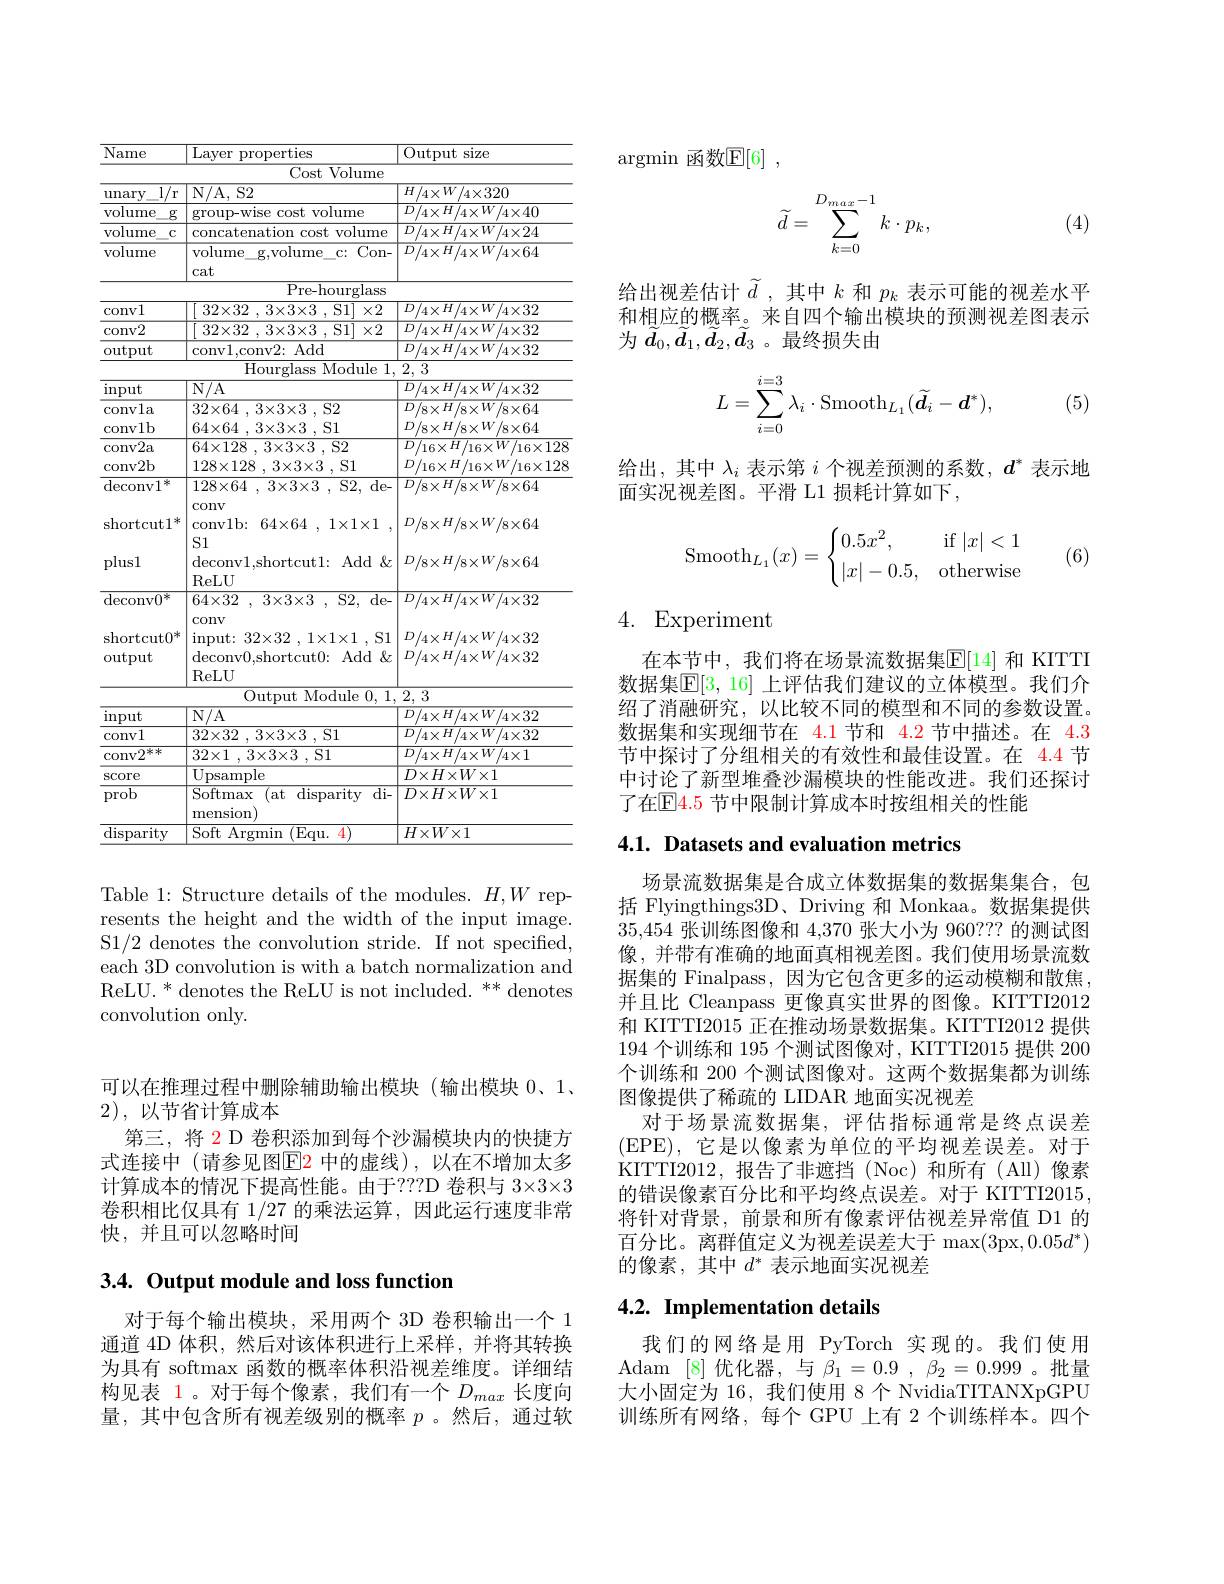
<table>
	<tbody>
		<tr>
			<th>Name</th>
			<th>Layer properties</th>
			<th>size Output</th>
		</tr>
		<tr>
			<td> </td>
			<td>Cost Volume</td>
			<td> </td>
		</tr>
		<tr>
			<td>$\overline{\mathrm{I/r}}$ $\operatorname{unary}$ - 1 - 1 </td>
			<td>N/ A, S2</td>
			<td>$\overline{H/4\times W/4\times320}$</td>
		</tr>
		<tr>
			<td>volume $g$</td>
			<td>group- wise cost volume</td>
			<td>$D/4\times H/4\times W/4\times40$</td>
		</tr>
		<tr>
			<td>volume $C$</td>
			<td>concatenation cost volume</td>
			<td>$D$ $/4\times H/4\times W/4\times24$</td>
		</tr>
		<tr>
			<td>volume</td>
			<td>volume$\_ \_$g, volume$\_$c: Con- cat</td>
			<td>$D/4\times H/4\times W/4\times64$</td>
		</tr>
		<tr>
			<td> </td>
			<td>Pre- hourglass</td>
			<td> </td>
		</tr>
		<tr>
			<td>conv1</td>
			<td>$32\times32$ , $3\times 3\times 3$ , S1] $\times2$</td>
			<td>$D/4\times H/4\times W/4\times32$</td>
		</tr>
		<tr>
			<td>$\operatorname{conv2}$</td>
			<td>$32\times32$ $3\times 3\times 3$ . S1 $\times2$</td>
			<td>$D/4\times H/4\times W/4\times32$</td>
		</tr>
		<tr>
			<td rowspan="2">output</td>
			<td>conv1. conv2: Add</td>
			<td>$D/4\times H/4\times W/4\times32$</td>
		</tr>
		<tr>
			<td>Hourglass Module 1</td>
			<td>2,3</td>
		</tr>
		<tr>
			<td>input</td>
			<td>$\overline{\mathrm{N/A}}$</td>
			<td>$LD$ $^{\prime}/4\times H/4\times W/4\times32$</td>
		</tr>
		<tr>
			<td>convla</td>
			<td>$32\times 64$ , $3\times 3\times 3$ , S2</td>
			<td>$D/8\times H/8\times W/8\times64$</td>
		</tr>
		<tr>
			<td>conv1b</td>
			<td>$64\times 64$ , $3\times 3\times 3$ , S1</td>
			<td>$D/8\times H/8\times W/8\times64$</td>
		</tr>
		<tr>
			<td>${\mathrm{LUIV}}{\mathbf{L}}{\mathbf{D}}$ ${\mathrm{deconv}}1^{*}$</td>
			<td>-40 11 $128\times 64$ , $3\times 3\times 3$ , S2, de- </td>
			<td>$D$ $^{\prime}/8\times H/8\times W/8\times64$</td>
		</tr>
		<tr>
			<td>plusl</td>
			<td>S1 deconv1, shortcut1: Add $\textbf{X}$</td>
			<td>$D/8\times H/8\times W/8\times64$</td>
		</tr>
		<tr>
			<td>$\operatorname{deconv}0^*$</td>
			<td>ReLU $2 , 3\times 3\times 3 , $S2, de- $64\times32$</td>
			<td>$D/4\times H/4\times W/4\times32$</td>
		</tr>
		<tr>
			<td>shortcut$0^{*}$ output</td>
			<td>conv input: 32$\times$32 , 1$\times$1$\times$1 , S1 deconv0, shortcut0: Add $X_{i}$ </td>
			<td>$D/4\times H/4\times W/4\times32$ $D/4\times H/4\times W/4\times32$</td>
		</tr>
		<tr>
			<td> </td>
			<td>$\operatorname{ReLU}$ Output Module 0. 1</td>
			<td>2, 3</td>
		</tr>
		<tr>
			<td>input</td>
			<td>$N/A$</td>
			<td>$D/4\times H/4\times W/4\times32$</td>
		</tr>
		<tr>
			<td>$\operatorname{conv}1$</td>
			<td>$32\times 32$ , $3\times 3\times 3$ , S1</td>
			<td>1 $\overline{/4\times H/4\times W/4\times32}$</td>
		</tr>
		<tr>
			<td>$conv2^{\prime\prime}$</td>
			<td>$32\times 1$ , $3\times 3\times 3$ , S1</td>
			<td>12 $\overline{/4\times H/4\times W/4\times1}$</td>
		</tr>
		<tr>
			<td>SCOre</td>
			<td>$\overline{{\mathrm{Upsample}}}$</td>
			<td>$D\times H\times W\times1$</td>
		</tr>
		<tr>
			<td>prob</td>
			<td>$\operatorname{Softmax}$ (at $\operatorname{disparity}$ $\overline{\mathrm{di-}}$ mension)</td>
			<td>$D\times H\times W\times1$</td>
		</tr>
		<tr>
			<td>$\operatorname{disparity}$</td>
			<td>Soft $\textbf{t}$Argmin (Equ. 4</td>
			<td>$H\times W\times1$</td>
		</tr>
	</tbody>
</table>

Table 1: Structure details of the modules. $H,W$ represents the height and the width of the input image. S1/2 denotes the convolution stride. If not specified, each 3D convolution is with a batch normalization and ReLU. * denotes the ReLU is not included. ** denotes convolution only.

可以在推理过程中删除辅助输出模块(输出模块 0、1、
2),以节省计算成本
第三，将 2 D 卷积添加到每个沙漏模块内的快捷方式连接中 (请参见图$\color{red}{\mathrm{E2}}$ 中的虚线),以在不增加太多计算成本的情况下提高性能。由于？??D 卷积与 3×3×3卷积相比仅具有 1/27 的乘法运算，因此运行速度非常快，并且可以忽略时间

## 3.4. Output module and loss function

对于每个输出模块，采用两个 3D 卷积输出一个 1通道 4D 体积，然后对该体积进行上采样，并将其转换为具有 softmax 函数的概率体积沿视差维度。详细结构见表 1。对于每个像素，我们有一个$D_max$长度向量，其中包含所有视差级别的概率$p$ 。然后，通过软

argmin 函数$\mathbb{E}[6]$
$$\widetilde{d}=\sum_{k=0}^{D_{max}-1}k\cdot p_k,$$
(4)

给出视差估计$\widetilde{d}$,其中$k$和$p_k$表示可能的视差水平和相应的概率。来自四个输出模块的预测视差图表示为$\widetilde{d}_0,\widetilde{d}_1,\widetilde{d}_2,\widetilde{d}_3$ 。最终损失由
$$L=\sum_{i=0}^{i=3}\lambda_i\cdot\mathrm{Smooth}_{L_1}(\widetilde{\boldsymbol{d}}_i-\boldsymbol{d}^*),$$
(5)

给出，其中$\lambda_i$表示第$i$个视差预测的系数，$d^*$表示地
面实况视差图。平滑 L1 损耗计算如下，
$$\operatorname{Smooth}_{L_1}(x)=\begin{cases}0.5x^2,&\text{if}|x|<1\\|x|-0.5,&\text{otherwise}\end{cases}$$
(6)

## 4. Experiment

在本节中，我们将在场景流数据集$\mathbb{E}[14]$ 和 KITTI 数据集$\mathbb{E}[3,16]$ 上评估我们建议的立体模型。我们介绍了消融研究，以比较不同的模型和不同的参数设置。数据集和实现细节在 4.1 节和 4.2 节中描述。在 4.3节中探讨了分组相关的有效性和最佳设置。在 4.4 节中讨论了新型堆叠沙漏模块的性能改进。我们还探讨了在$\mathbb{E}\color{red}{4.5}$ 节中限制计算成本时按组相关的性能

## 4.1. Datasets and evaluation metrics

场景流数据集是合成立体数据集的数据集集合，包括 Flyingthings3D、Driving 和 Monkaa。数据集提供35,454张训练图像和4，370张大小为 960??? 的测试图像，并带有准确的地面真相视差图。我们使用场景流数据集的 Finalpass, 因为它包含更多的运动模糊和散焦， 并且比 Cleanpass 更像真实世界的图像。KITTI2012和 KITTTI2015 正在推动场景数据集。KITTI2012 提供194个训练和 195 个测试图像对，KITTI2015 提供 200个训练和 200 个测试图像对。这两个数据集都为训练图像提供了稀疏的 LIDAR 地面实况视差
对于场景流数据集，评估指标通常是终点误差(EPE),它是以像素为单位的平均视差误差。对于KITTTI2012,报告了非遮挡(Noc)和所有(All)像素的错误像素百分比和平均终点误差。对于 KITTI2015将针对背景，前景和所有像素评估视差异常值 D1 的百分比。离群值定义为视差误差大于 max(3px,0.05d*) 的像素，其中$d^*$ 表示地面实况视差

## 4.2. Implementation details

我们的网络是用 PyTorch 实现的。我们使用Adam [8]优化器，与$\beta_1=0.9,\beta_2=0.999$ 。批量大小固定为 16, 我们使用 8 个 NvidiaTITANXpGPU 训练所有网络，每个 GPU 上有 2 个训练样本。四个